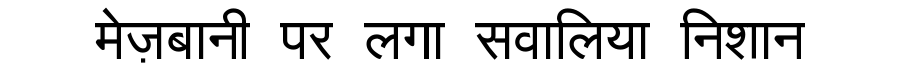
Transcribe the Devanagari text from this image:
मेज़बानी पर लगा सवालिया निशान